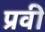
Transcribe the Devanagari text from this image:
प्रवी